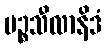
ပဉ္စသီလာနိဒံ